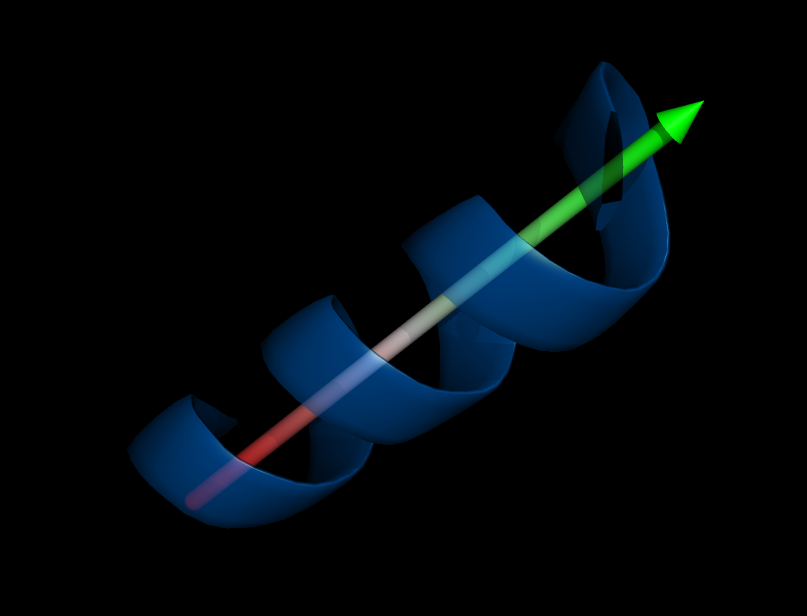
pymol, cartoon, helix orientation